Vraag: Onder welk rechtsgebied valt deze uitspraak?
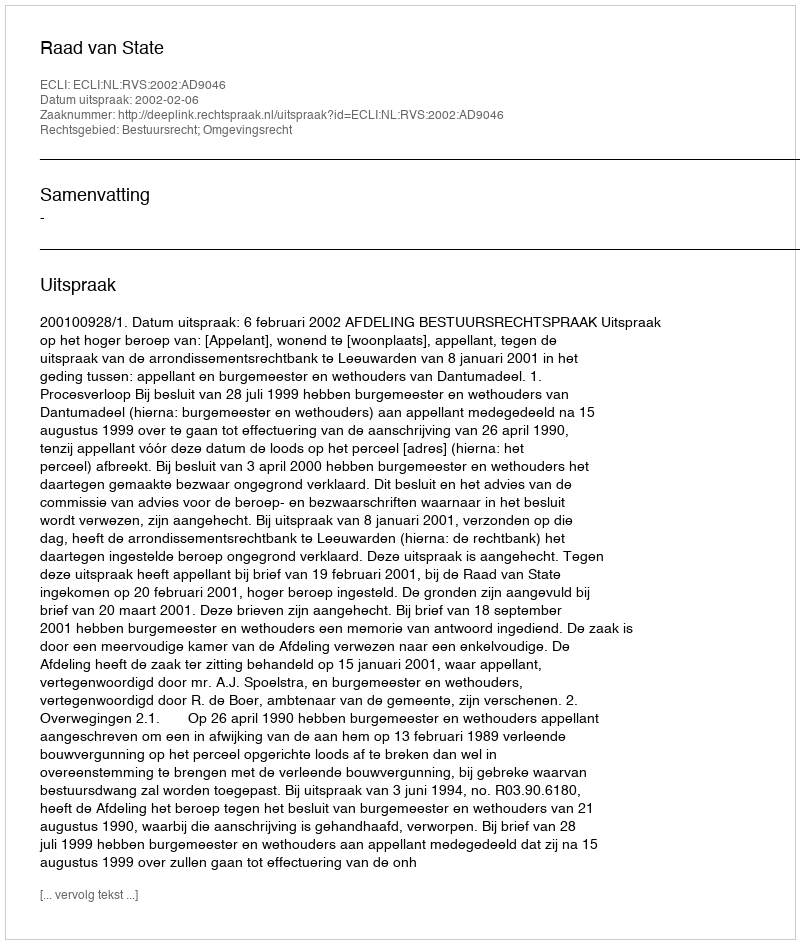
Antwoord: Bestuursrecht; Omgevingsrecht